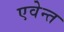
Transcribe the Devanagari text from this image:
एवेन्त